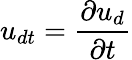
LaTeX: u_{dt}=\frac{\partial u_{d}}{\partial t}